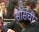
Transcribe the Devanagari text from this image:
सोर्सची